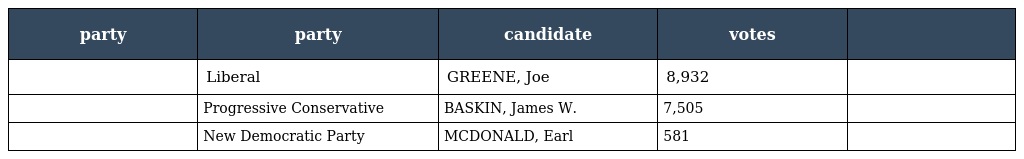
| party | party | candidate | votes |  |
 | --- | --- | --- | --- | --- |
 |  | Liberal | GREENE, Joe | 8,932 |  |
 |  | Progressive Conservative | BASKIN, James W. | 7,505 |  |
 |  | New Democratic Party | MCDONALD, Earl | 581 |  |